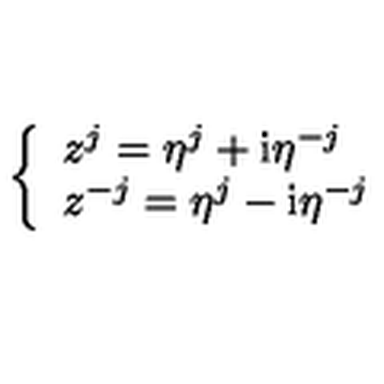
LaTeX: \left\{ \begin{array} { l } { z ^ { j } = \eta ^ { j } + \mathrm { i } \eta ^ { - j } } \\ { z ^ { - j } = \eta ^ { j } - \mathrm { i } \eta ^ { - j } } \\ \end{array} \right.